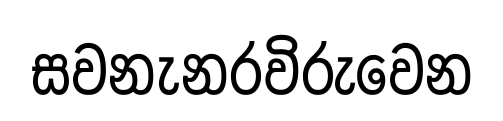
සවනැනරවිරුවෙන